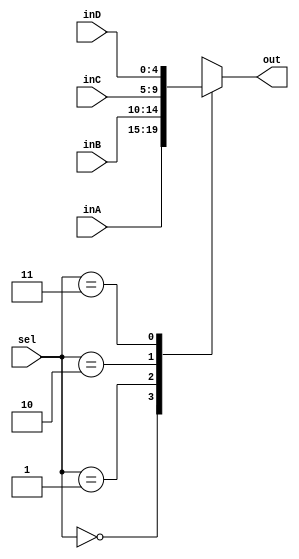
`timescale 1ns / 1ps
//////////////////////////////////////////////////////////////////////////////////
//
// Simple mux which handles the transferring of data from four wires to one.
// Outputs a 5-bit signal, chosen from four 5-bit signals, dependent on
// one 2-bit selector signal.
// 
//////////////////////////////////////////////////////////////////////////////////


module Mux5Bit4To1(out, inA, inB, inC, inD, sel);

    input [4:0] inA, inB, inC, inD;
    input [1:0] sel;
    
    output reg [4:0] out;
    
    always @(*) begin
        case(sel)
            2'b00 : out <= inA;
            2'b01 : out <= inB;
            2'b10 : out <= inC;
            2'b11 : out <= inD; 
        endcase
    end

endmodule